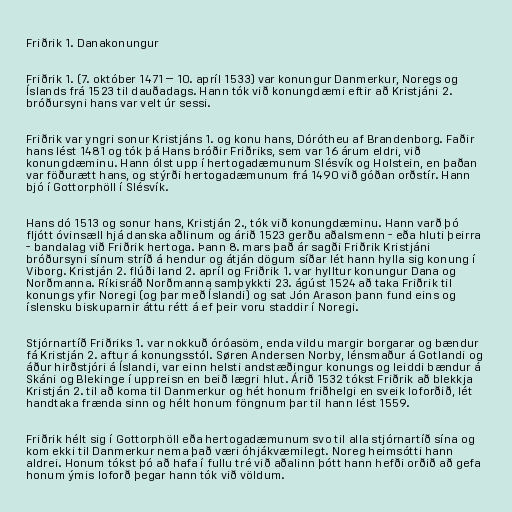
Friðrik 1. Danakonungur

Friðrik 1. (7. október 1471 – 10. apríl 1533) var konungur Danmerkur, Noregs og
Íslands frá 1523 til dauðadags. Hann tók við konungdæmi eftir að Kristjáni 2.
bróðursyni hans var velt úr sessi.

Friðrik var yngri sonur Kristjáns 1. og konu hans, Dórótheu af Brandenborg. Faðir
hans lést 1481 og tók þá Hans bróðir Friðriks, sem var 16 árum eldri, við
konungdæminu. Hann ólst upp í hertogadæmunum Slésvík og Holstein, en þaðan
var föðurætt hans, og stýrði hertogadæmunum frá 1490 við góðan orðstír. Hann
bjó í Gottorphöll í Slésvík.

Hans dó 1513 og sonur hans, Kristján 2., tók við konungdæminu. Hann varð þó
fljótt óvinsæll hjá danska aðlinum og árið 1523 gerðu aðalsmenn - eða hluti þeirra
- bandalag við Friðrik hertoga. Þann 8. mars það ár sagði Friðrik Kristjáni
bróðursyni sínum stríð á hendur og átján dögum síðar lét hann hylla sig konung í
Viborg. Kristján 2. flúði land 2. apríl og Friðrik 1. var hylltur konungur Dana og
Norðmanna. Ríkisráð Norðmanna samþykkti 23. ágúst 1524 að taka Friðrik til
konungs yfir Noregi (og þar með Íslandi) og sat Jón Arason þann fund eins og
íslensku biskuparnir áttu rétt á ef þeir voru staddir í Noregi.

Stjórnartíð Friðriks 1. var nokkuð óróasöm, enda vildu margir borgarar og bændur
fá Kristján 2. aftur á konungsstól. Søren Andersen Norby, lénsmaður á Gotlandi og
áður hirðstjóri á Íslandi, var einn helsti andstæðingur konungs og leiddi bændur á
Skáni og Blekinge í uppreisn en beið lægri hlut. Árið 1532 tókst Friðrik að blekkja
Kristján 2. til að koma til Danmerkur og hét honum friðhelgi en sveik loforðið, lét
handtaka frænda sinn og hélt honum föngnum þar til hann lést 1559.

Friðrik hélt sig í Gottorphöll eða hertogadæmunum svo til alla stjórnartíð sína og
kom ekki til Danmerkur nema það væri óhjákvæmilegt. Noreg heimsótti hann
aldrei. Honum tókst þó að hafa í fullu tré við aðalinn þótt hann hefði orðið að gefa
honum ýmis loforð þegar hann tók við völdum.